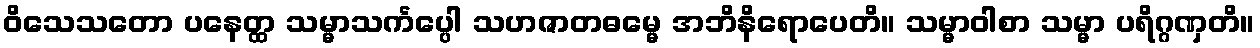
ဝိသေသတော ပနေတ္ထ သမ္မာသင်္ကပ္ပေါ သဟဇာတဓမ္မေ အဘိနိရောပေတိ။ သမ္မာဝါစာ သမ္မာ ပရိဂ္ဂဏှတိ။